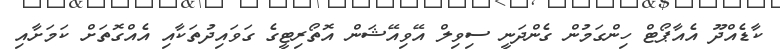
ކާޑެއްދޫ އެއާޕޯޓް ހިންގަމުން ގެންދަނީ ސިވިލް އޭވިއޭޝަން އޮތޯރިޓީގެ ގަވައިދުތަކާއި އެއްގޮތަށް ކަމަށާއި